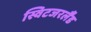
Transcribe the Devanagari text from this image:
स्विटजरर्लैंड